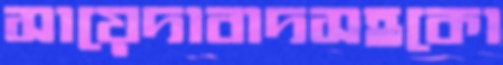
সায়েদাবাদসহকো